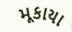
મૂકાયા